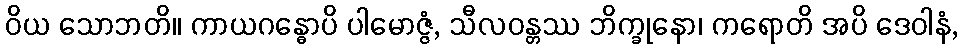
ဝိယ သောဘတိ။ ကာယဂန္ဓောပိ ပါမောဇ္ဇံ, သီလဝန္တဿ ဘိက္ခုနော၊ ကရောတိ အပိ ဒေဝါနံ,